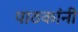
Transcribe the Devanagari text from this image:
पाठकांनी